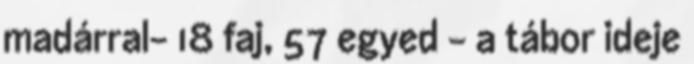
madárral- 18 faj, 57 egyed - a tábor ideje